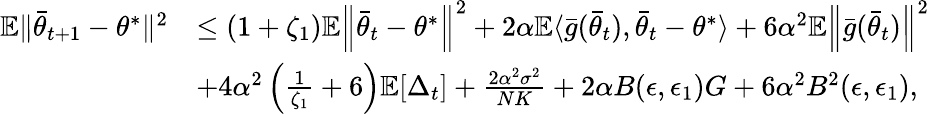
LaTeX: \begin{array}{rl}{\mathbb{E}\lVert\bar{\theta}_{t+1}-\theta^{*}\rVert^{2}}&{\le(1+\zeta_{1})\mathbb{E}\Big\lVert\bar{\theta}_{t}-\theta^{*}\Big\rVert^{2}+2\alpha\mathbb{E}\langle\bar{g}(\bar{\theta}_{t}),\bar{\theta}_{t}-\theta^{*}\rangle+6\alpha^{2}\mathbb{E}\Big\lVert\bar{g}(\bar{\theta}_{t})\Big\rVert^{2}}\\ &{+4\alpha^{2}\left(\frac{1}{\zeta_{1}}+6\right)\mathbb{E}[\Delta_{t}]+\frac{2\alpha^{2}\sigma^{2}}{NK}+2\alpha B(\epsilon,\epsilon_{1})G+6\alpha^{2}B^{2}(\epsilon,\epsilon_{1}),}\end{array}